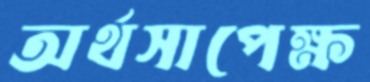
অর্থসাপেক্ষ